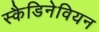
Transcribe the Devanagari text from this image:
स्कैडिनेवियन